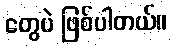
တွေပဲ ဖြစ်ပါတယ်။